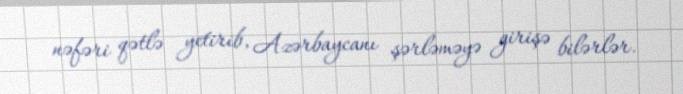
nəfəri qətlə yetirib, Azərbaycanı şərləməyə girişə bilərlər.